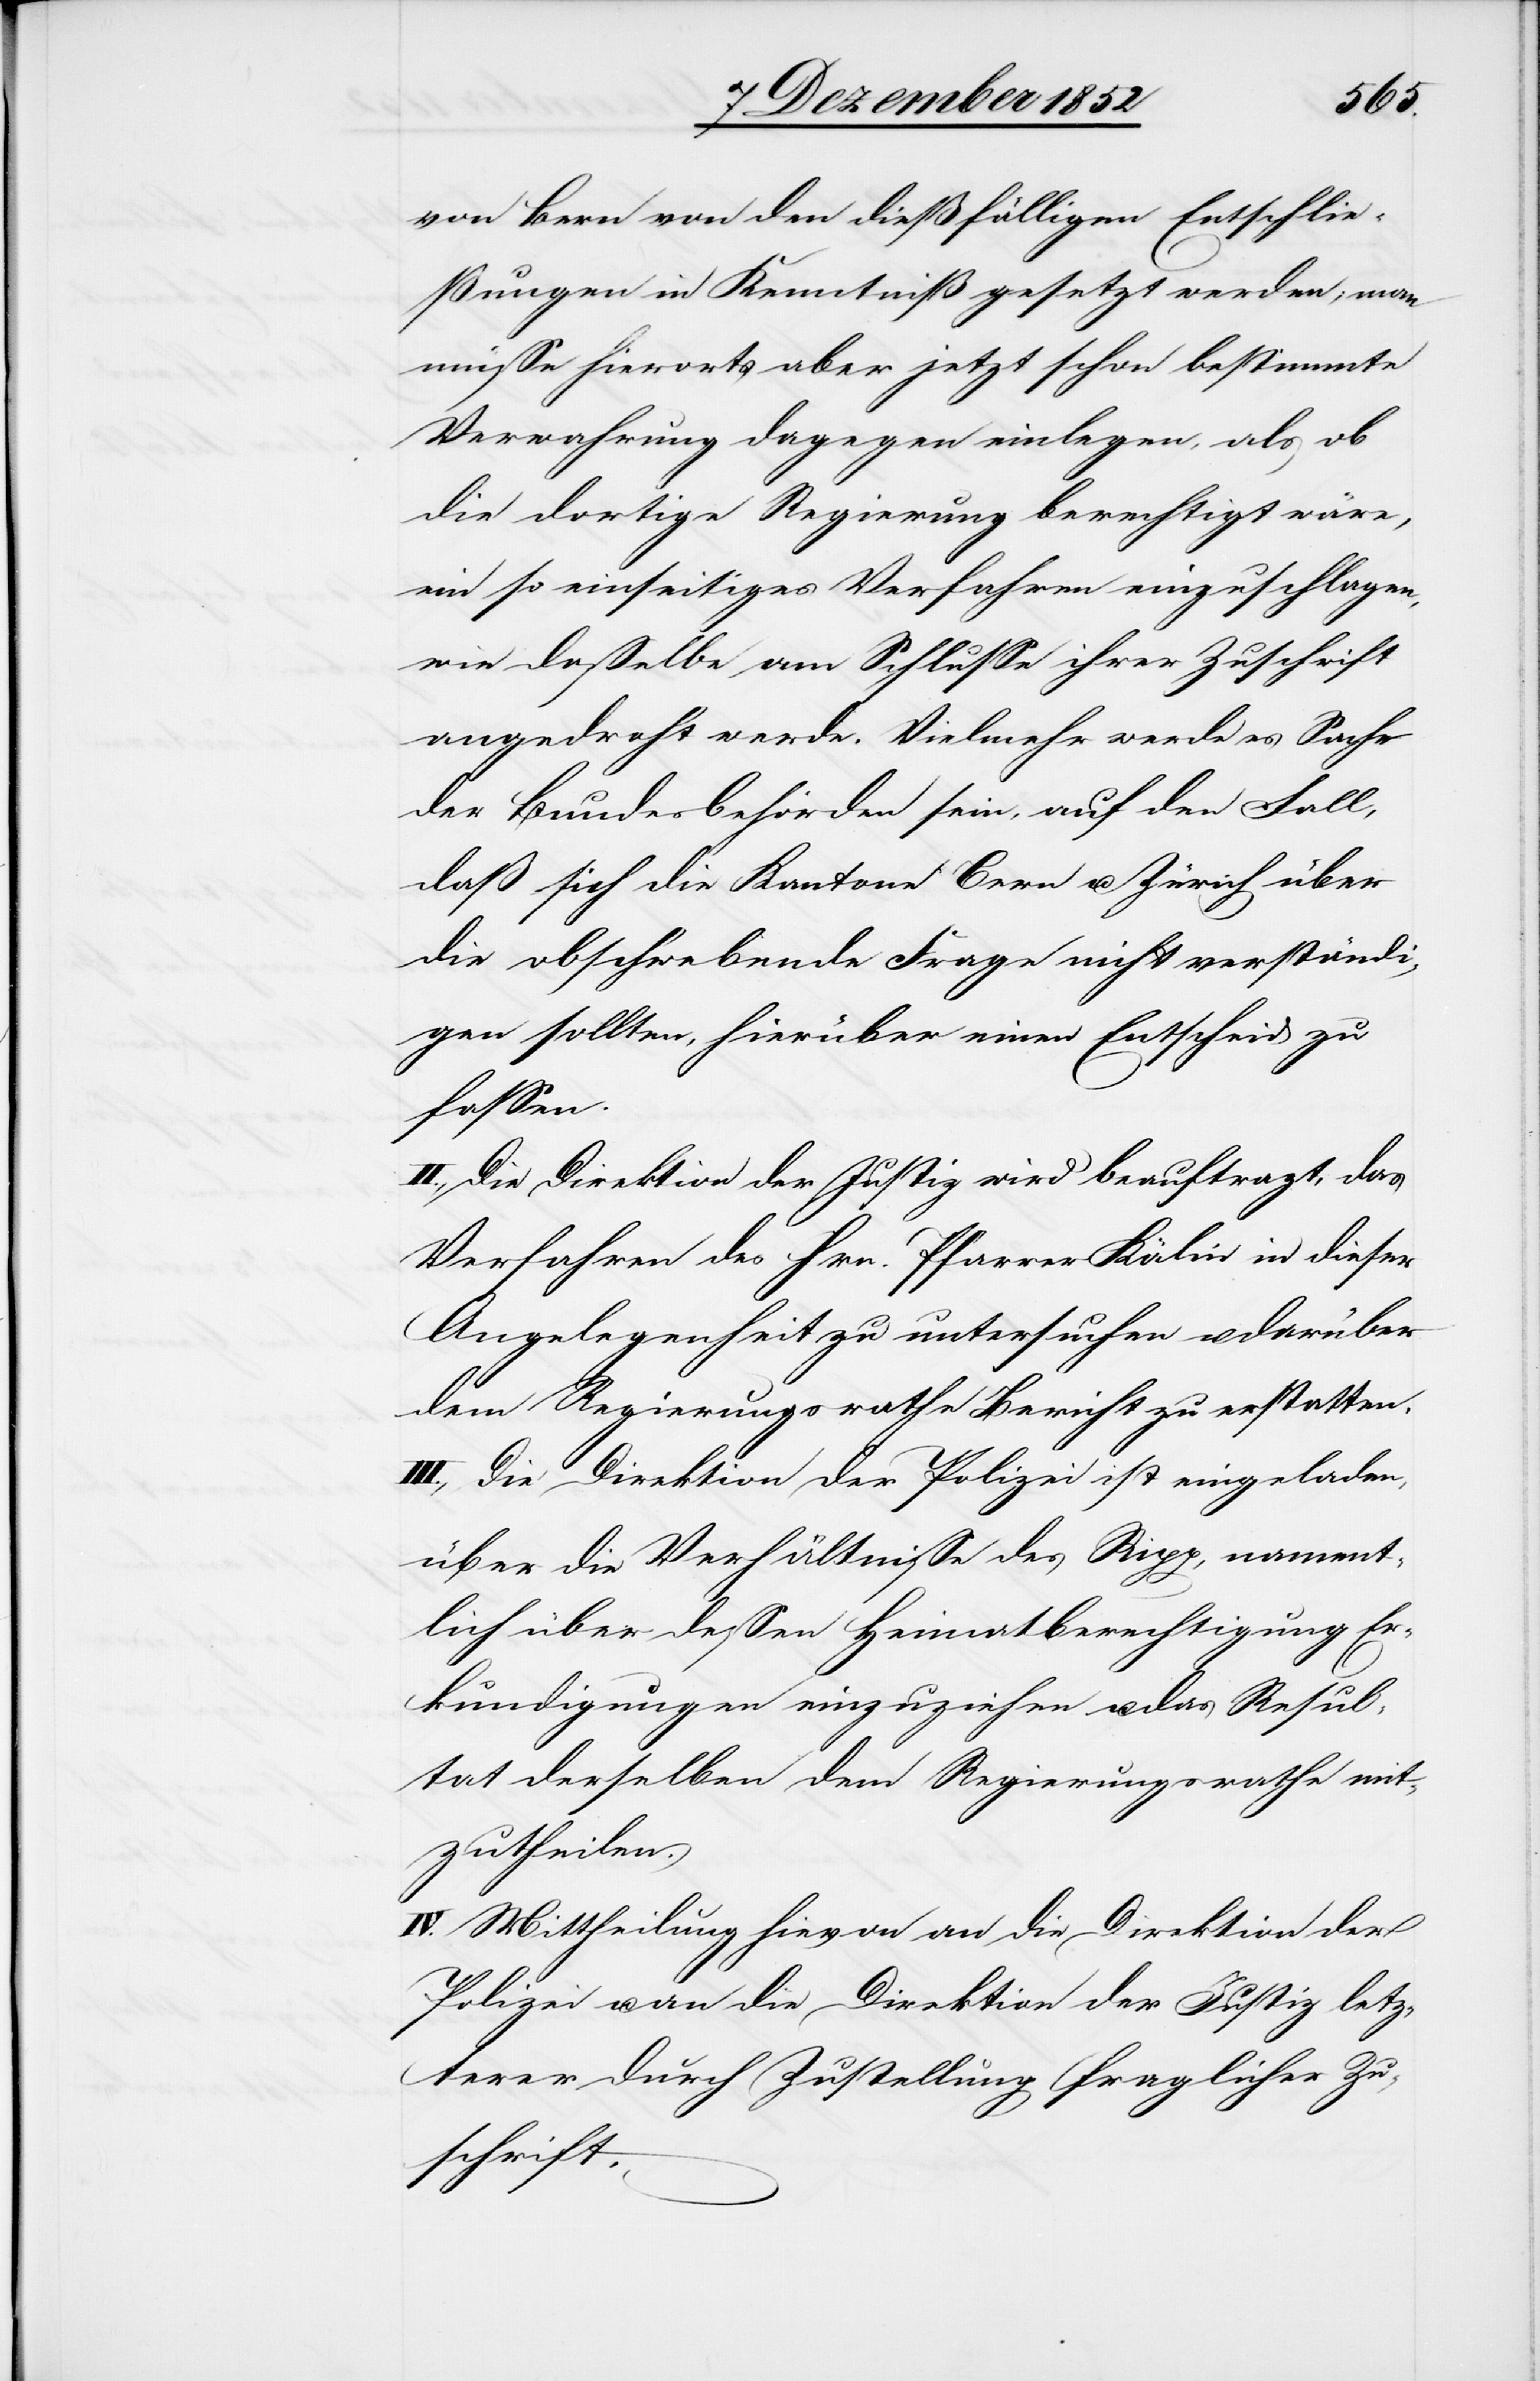
von Bern von den dießfälligen Entschlie¬
ßungen in Kenntniß gesetzt werden; man
müsse hierorts aber jetzt schon bestimmte
Verwahrung dagegen einlegen, als ob
die dortige Regierung berechtigt wäre,
ein so einseitiges Verfahren einzuschlagen,
wie dasselbe am Schlusse ihrer Zuschrift
angedroht werde. Vielmehr werde es Sache
der Bundesbehörden sein, auf den Fall,
daß sich die Kantone Bern u. Zürich über
die obschwebende Frage nicht verständi¬
gen sollten, hierüber einen Entscheid zu
fassen.
II., Die Direktion der Justiz wird beauftragt, das
Verfahren des Hrn. Pfarrer Kälin in dieser
Angelegenheit zu untersuchen u. darüber
dem Regierungsrathe Bericht zu erstatten.
III., Die Direktion der Polizei ist eingeladen,
über die Verhältnisse des Ripp, nament¬
lich über dessen Heimatberechtigung Er¬
kundigungen einzuziehen u. das Resul¬
tat derselben dem Regierungsrathe mit¬
zutheilen.
IV. Mittheilung hievon an die Direktion der
Polizei u. an die Direktion der Justiz letz¬
terer durch Zustellung fraglicher Zu¬
schrift.